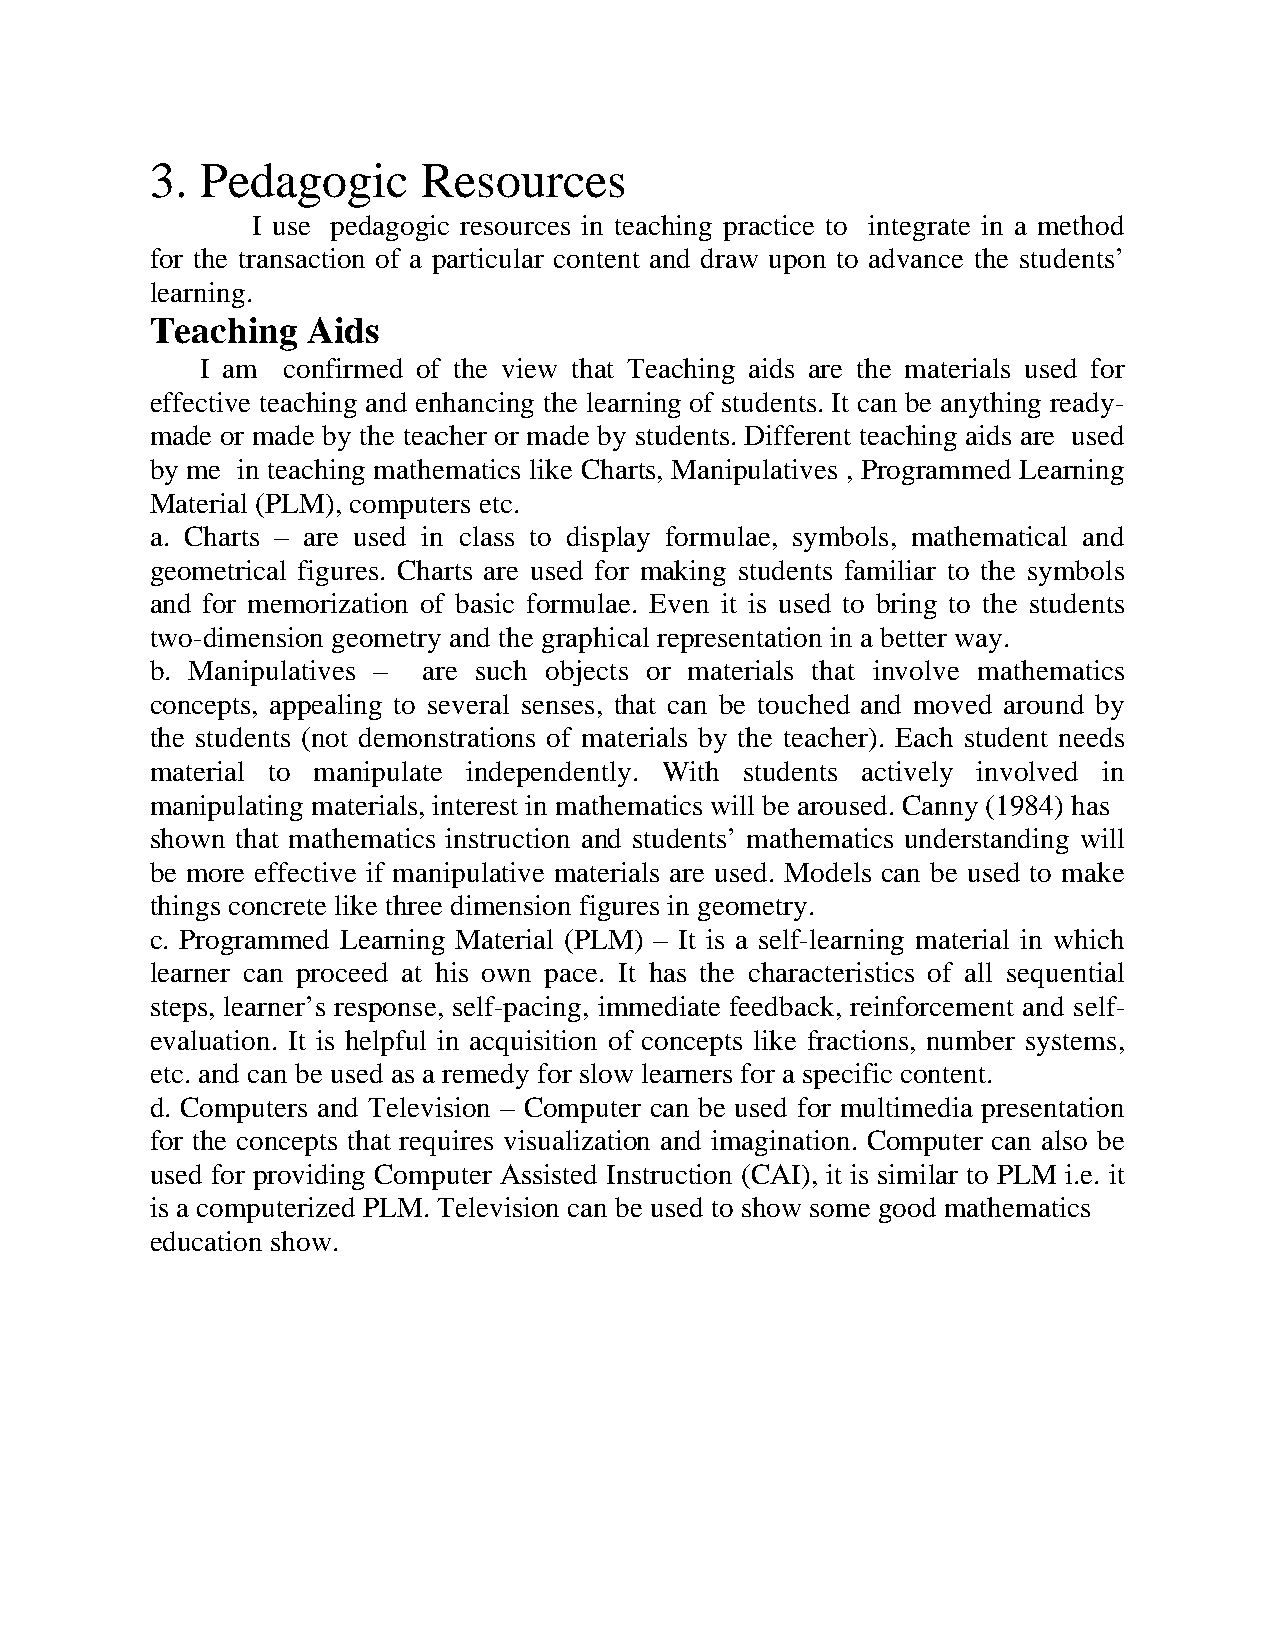
3. Pedagogic      Resources
 I use pedagogic resources in teaching practice to integrate in a method
 for the transaction of a particular content and draw upon to advance the students’
 learning.
 Teaching  Aids
 I am  confirmed of the view that Teaching aids are the materials used for
 effective teaching and enhancing the learning of students. It can be anything ready-
 made or made by the teacher or made by students. Different teaching aids are used
 by me in teaching mathematics like Charts, Manipulatives , Programmed Learning
 Material (PLM), computers etc.
 a. Charts – are used in class to display formulae, symbols, mathematical and
 geometrical figures. Charts are used for making students familiar to the symbols
 and for memorization of basic formulae. Even it is used to bring to the students
 two-dimension geometry and the graphical representation in a better way.
 b. Manipulatives – are such objects or materials that involve mathematics
 concepts, appealing to several senses, that can be touched and moved around by
 the students (not demonstrations of materials by the teacher). Each student needs
 material to manipulate independently. With students actively involved in
 manipulating materials, interest in mathematics will be aroused. Canny (1984) has
 shown that mathematics instruction and students’ mathematics understanding will
 be more effective if manipulative materials are used. Models can be used to make
 things concrete like three dimension figures in geometry.
 c. Programmed Learning Material (PLM) – It is a self-learning material in which
 learner can proceed at his own pace. It has the characteristics of all sequential
 steps, learner’s response, self-pacing, immediate feedback, reinforcement and self-
 evaluation. It is helpful in acquisition of concepts like fractions, number systems,
 etc. and can be used as a remedy for slow learners for a specific content.
 d. Computers and Television – Computer can be used for multimedia presentation
 for the concepts that requires visualization and imagination. Computer can also be
 used for providing Computer Assisted Instruction (CAI), it is similar to PLM i.e. it
 is a computerized PLM. Television can be used to show some good mathematics
 education show.